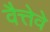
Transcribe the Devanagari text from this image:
वैत्तेवे